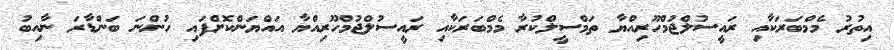
އިތުރު މެމްބަރަކާއި ރައީސުލްޖުމްހޫރިއްޔާ ތަމްސީލްކުރާ މެމްބަރަކާއި ރައީސުލްޖުމްހޫރިއްޔާ އައްޔަންކޮށްފައި ހުންނަ ބަންޑާރަ ނާއިބު